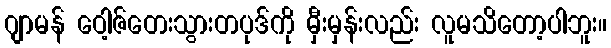
ဂျာမန် ဝေါ့ဇ်တေးသွားတပုဒ်ကို မှီးမှန်းလည်း လူမသိတော့ပါဘူး။